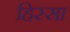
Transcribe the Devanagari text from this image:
हिस्सा